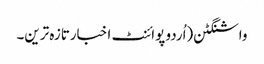
واشنگٹن(اُردو پوائنٹ اخبارتازہ ترین۔